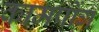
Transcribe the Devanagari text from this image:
कामपोंग